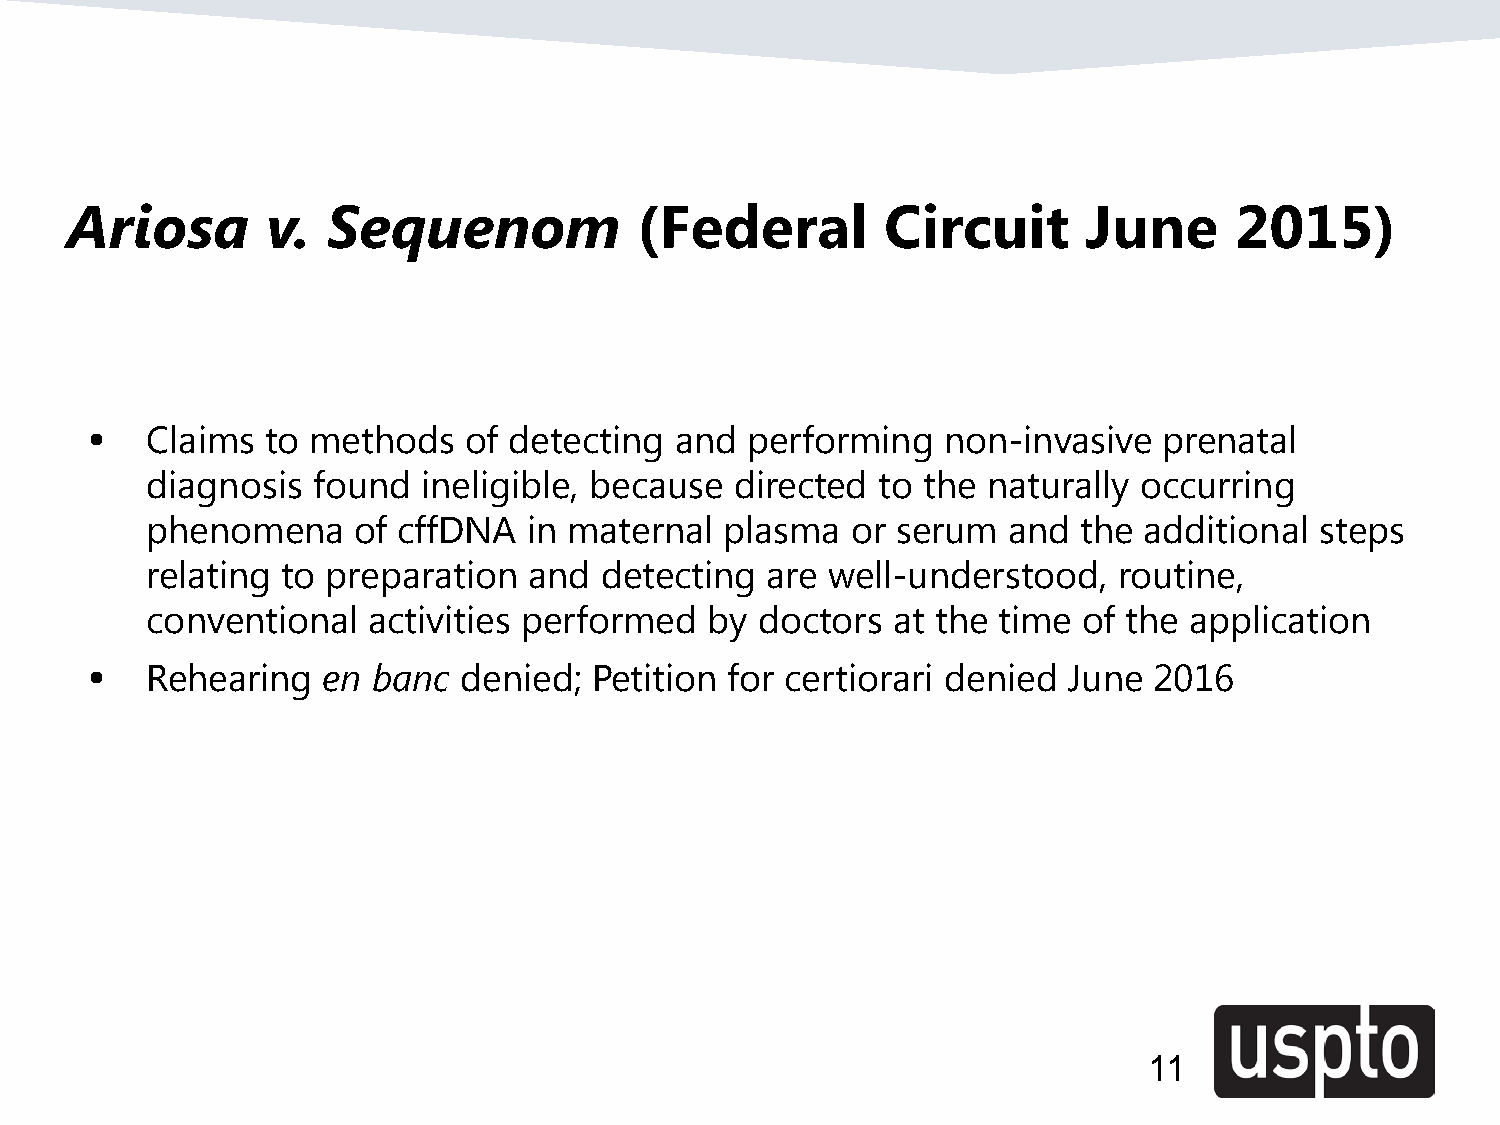
Ariosa        v.  Sequenom            (Federal         Circuit      June      2015)
 •   Claims  to methods   of detecting  and performing   non-invasive   prenatal
 diagnosis  found  ineligible, because  directed to the naturally occurring
 phenomena    of cffDNA   in maternal  plasma  or serum   and the  additional steps
 relating to preparation  and  detecting  are well-understood,   routine,
 conventional  activities performed   by doctors  at the time  of the application
 •   Rehearing  en  banc denied;  Petition for certiorari denied  June 2016
 11
 11